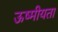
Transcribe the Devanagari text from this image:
ऊष्मीयता